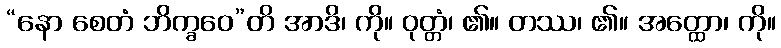
“နော စေတံ ဘိက္ခဝေ”တိ အာဒိ၊ ကို။ ဝုတ္တံ၊ ၏။ တဿ၊ ၏။ အတ္ထော၊ ကို။